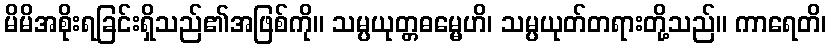
မိမိအစိုးရခြင်းရှိသည်၏အဖြစ်ကို။ သမ္ပယုတ္တဓမ္မေဟိ၊ သမ္ပယုတ်တရားတို့သည်။ ကာရေတိ၊